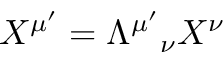
X ^ { \mu ^ { \prime } } = \Lambda ^ { \mu ^ { \prime } } { } _ { \nu } X ^ { \nu }